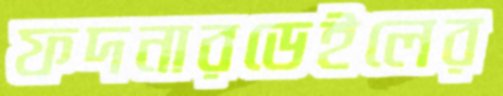
ফদনারডেইলের